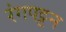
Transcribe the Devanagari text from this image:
रंगपट्टन